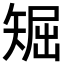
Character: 𥏘